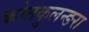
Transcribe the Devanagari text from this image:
कोतकुलन्ङरा